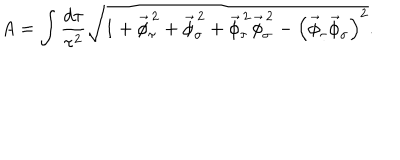
A = \int \frac { d \tau } { \tau ^ { 2 } } \sqrt { { 1 + \vec { \phi } _ { \tau } ^ { \, 2 } + \vec { \phi } _ { \sigma } ^ { \, 2 } + \vec { \phi } _ { \tau } ^ { \, 2 } \vec { \phi } _ { \sigma } ^ { \, 2 } - \left( \vec { \phi } _ { \tau } \vec { \phi } _ { \sigma } \right) ^ { 2 } } } .